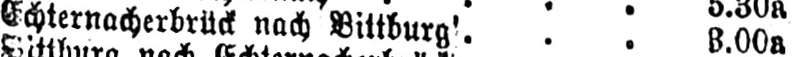
... 3.00a